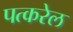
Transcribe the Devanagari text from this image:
पत्करेल